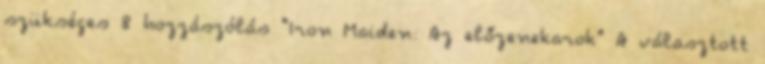
szükséges 8 hozzászólás "Iron Maiden: Az előzenekarok" A választott